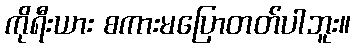
ကိုရီးယား စကားမပြောတတ်ပါဘူး။